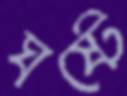
ঘষ্‌টে